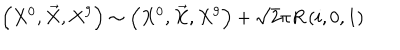
\left( X ^ { 0 } , \vec { X } , X ^ { 9 } \right) \sim \left( X ^ { 0 } , \vec { X } , X ^ { 9 } \right) + \sqrt { 2 } \pi R \left( i , 0 , 1 \right)